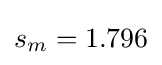
s_{m}=1.796